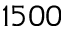
1 5 0 0